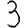
Digit: 3